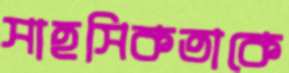
সাহসিকতাকে